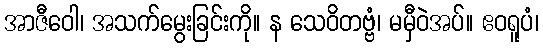
အာဇီဝေါ၊ အသက်မွေးခြင်းကို။ န သေဝိတဗ္ဗံ၊ မမှီဝဲအပ်။ ဧဝရူပံ၊